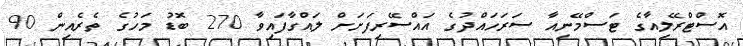
އޮސްޓްރޭލިއާގެ ޓަސްމޭނިއާ ސަރަހައްދުގެ އައްސޭރިފަށަށް ލައްގާފައިވާ 270 ބޮޑު މަހުގެ ތެރެއިން 90